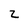
Character: 2